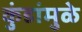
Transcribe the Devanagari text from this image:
कुंडांमुळे